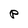
Character: p